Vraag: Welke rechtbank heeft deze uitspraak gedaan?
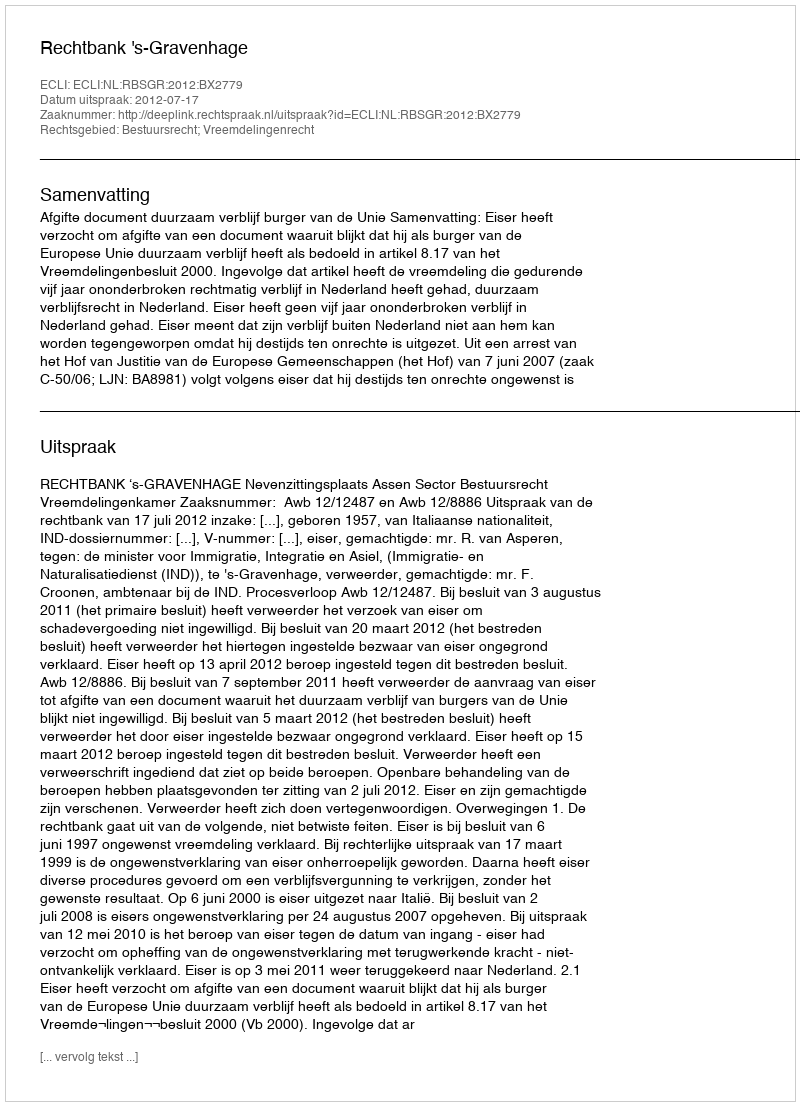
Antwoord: Rechtbank 's-Gravenhage